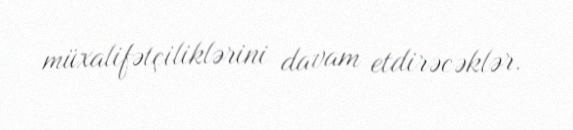
müxalifətçiliklərini davam etdirəcəklər.